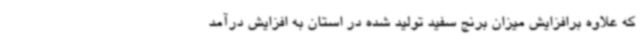
که علاوه برافزایش میزان برنج سفید تولید شده در استان به افزایش درآمد